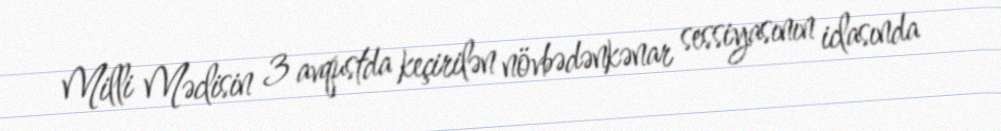
Milli Məclisin 3 avqustda keçirilən növbədənkənar sessiyasının iclasında